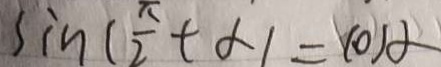
\sin ( \frac { \pi } { 2 } + \alpha ) = \cos \alpha